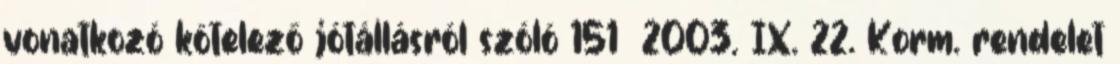
vonatkozó kötelező jótállásról szóló 151 2003. IX. 22. Korm. rendelet